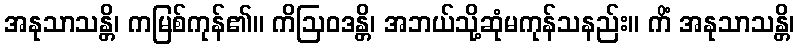
အနုသာသန္တိ၊ ကမြစ်ကုန်၏။ ကိဩဝဒန္တိ၊ အဘယ်သို့ဆုံမကုန်သနည်း။ ကိံ အနုသာသန္တိ၊